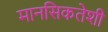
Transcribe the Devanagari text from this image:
मानसिकतेशी